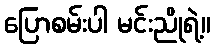
ပြောစမ်းပါ မင်းညိုရဲ့။